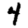
Digit: 4